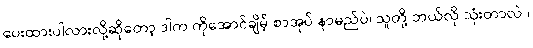
ပေးထားပါလားလို့ဆိုတော့ ဒါက ကိုအောင်ချိမ့် စာအုပ် နာမည်ပဲ၊ သူတို့ ဘယ်လို သုံးတာလဲ ၊